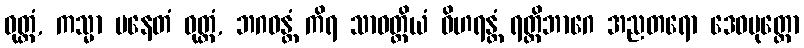
ဝုတ္တံ, ကသ္မာ ပနေတံ ဝုတ္တံ, ဘဂဝန္တံ ကိရ သာဝတ္ထိယံ ဝိဟရန္တံ ရတ္တိဘာဂေ အညတရော ဒေဝပုတ္တော